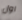
اول